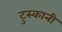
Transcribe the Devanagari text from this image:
टुस्कानी